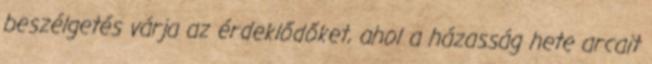
beszélgetés várja az érdeklődőket, ahol a házasság hete arcait